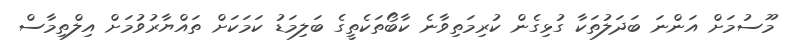
މޫސުމަށް އަންނަ ބަދަލުތަކާ ގުޅިގެން ކުރިމަތިވާނެ ކާބޯތަކެތީގެ ބަލިމަޑު ކަމަކަށް ތައްޔާރުވުމަށް އިލްތިމާސް